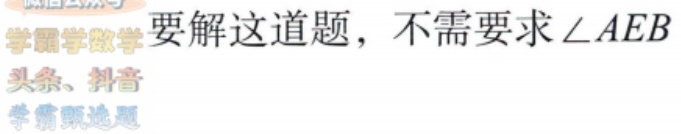
要解这道题，不要求\(\angle AEB\)